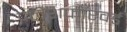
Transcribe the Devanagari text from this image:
फ्लैशफॉरवर्ड